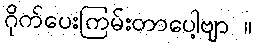
ဂိုက်ပေးကြမ်းတာပေါ့ဗျာ ။